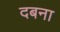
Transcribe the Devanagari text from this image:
दबना